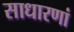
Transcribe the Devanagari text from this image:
साधारणां